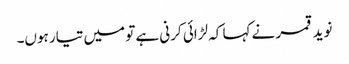
نوید قمر نے کہا کہ لڑائی کرنی ہے تو میں تیار ہوں۔